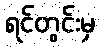
ရင်တွင်းမှ